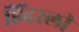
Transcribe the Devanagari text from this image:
हिंदरली